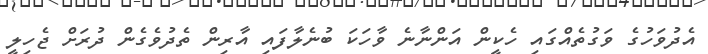
އެދުވަހުގެ ވަގުތެއްގައި ހެކީން އަންނާނެ ވާހަކަ ބުނެލާފައި އާރިން ތެދުވެގެން ދުރަށް ޖެހިލީ